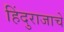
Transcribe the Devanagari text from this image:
हिंदुराजाचे